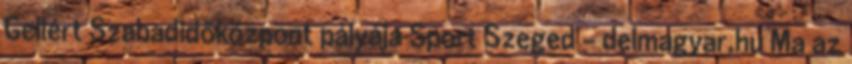
Gellért Szabadidőközpont pályája Sport Szeged - delmagyar.hu Ma az